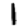
Digit: 1